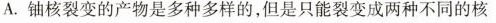
A.铀核裂变的产物是多种多样的，但是只能裂变成两种不同的核